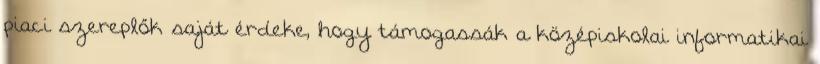
piaci szereplők saját érdeke, hogy támogassák a középiskolai informatikai